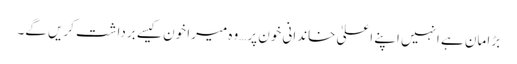
بڑا مان ہے انہیں اپنے اعلیٰ خاندانی خون پر…وہ میرا خون کیسے برداشت کریں گے۔